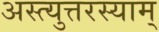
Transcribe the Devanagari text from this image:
अस्त्युत्तरस्याम्